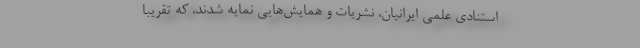
استنادی علمی ایرانیان، نشریات و همایش‌هایی نمایه شدند، که تقریبا